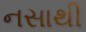
નસાથી